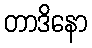
တာဒိနော